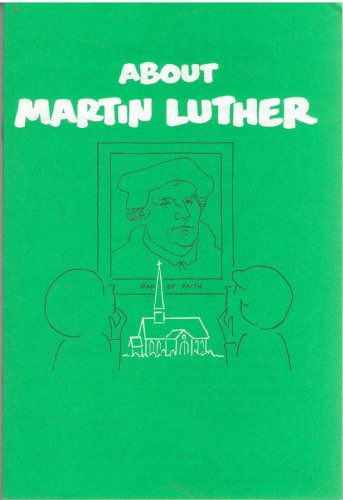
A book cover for About Martin Luther (A Scriptographic Booklet); Health, Fitness & Dieting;